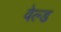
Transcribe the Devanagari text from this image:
वेल्‍ड